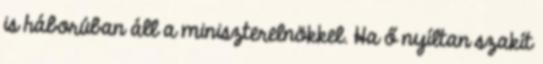
is háborúban áll a miniszterelnökkel. Ha ő nyíltan szakít